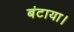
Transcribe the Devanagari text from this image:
बंटाया।